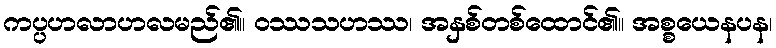
ကပ္ပဟလာဟလမည်၏။ ဝဿသဟဿ၊ အနှစ်တစ်ထောင်၏။ အစ္စယေနပန၊